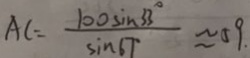
A C = \frac { 1 0 0 \sin 3 3 ^ { \circ } } { \sin 6 7 ^ { \circ } } \approx 5 9 .